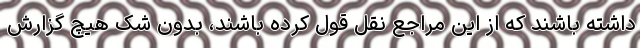
داشته باشند که از این مراجع نقل قول کرده باشند، بدون شک هیچ گزارش